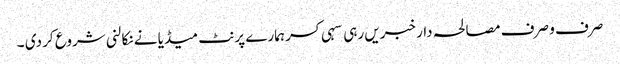
صرف و صرف مصالحہ دار خبریں رہی سہی کسر ہمارے پرنٹ میڈیا نے نکالنی شروع کر دی ۔